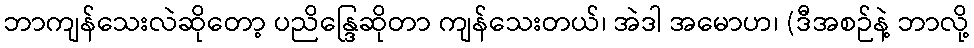
ဘာကျန်သေးလဲဆိုတော့ ပညိန္ဒြေဆိုတာ ကျန်သေးတယ်၊ အဲဒါ အမောဟ၊ (ဒီအစဉ်နဲ့ ဘာလို့